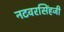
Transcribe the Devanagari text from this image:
नटवरसिंहजी